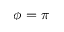
\phi = \pi